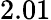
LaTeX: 2.01